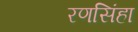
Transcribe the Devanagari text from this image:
रणसिंहा